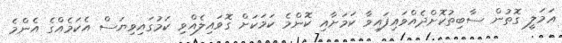
ޢަމަލީ ގޮތުން ސާބިތުކޮށްދެއްވައިފައިވާ ކަމަށާއި ކޮންމެ ކަމަކަށް ގޮވައިލެއްވި ކަމުގައިވިޔަސް އެކަމެއްގެ އެންމެ